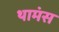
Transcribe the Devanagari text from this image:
थामंस